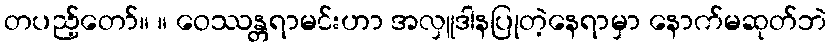
တပည့်တော်။ ။ ဝေဿန္တရာမင်းဟာ အလှူဒါနပြုတဲ့နေရာမှာ နောက်မဆုတ်ဘဲ